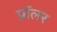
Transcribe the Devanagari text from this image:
प्रॉलर